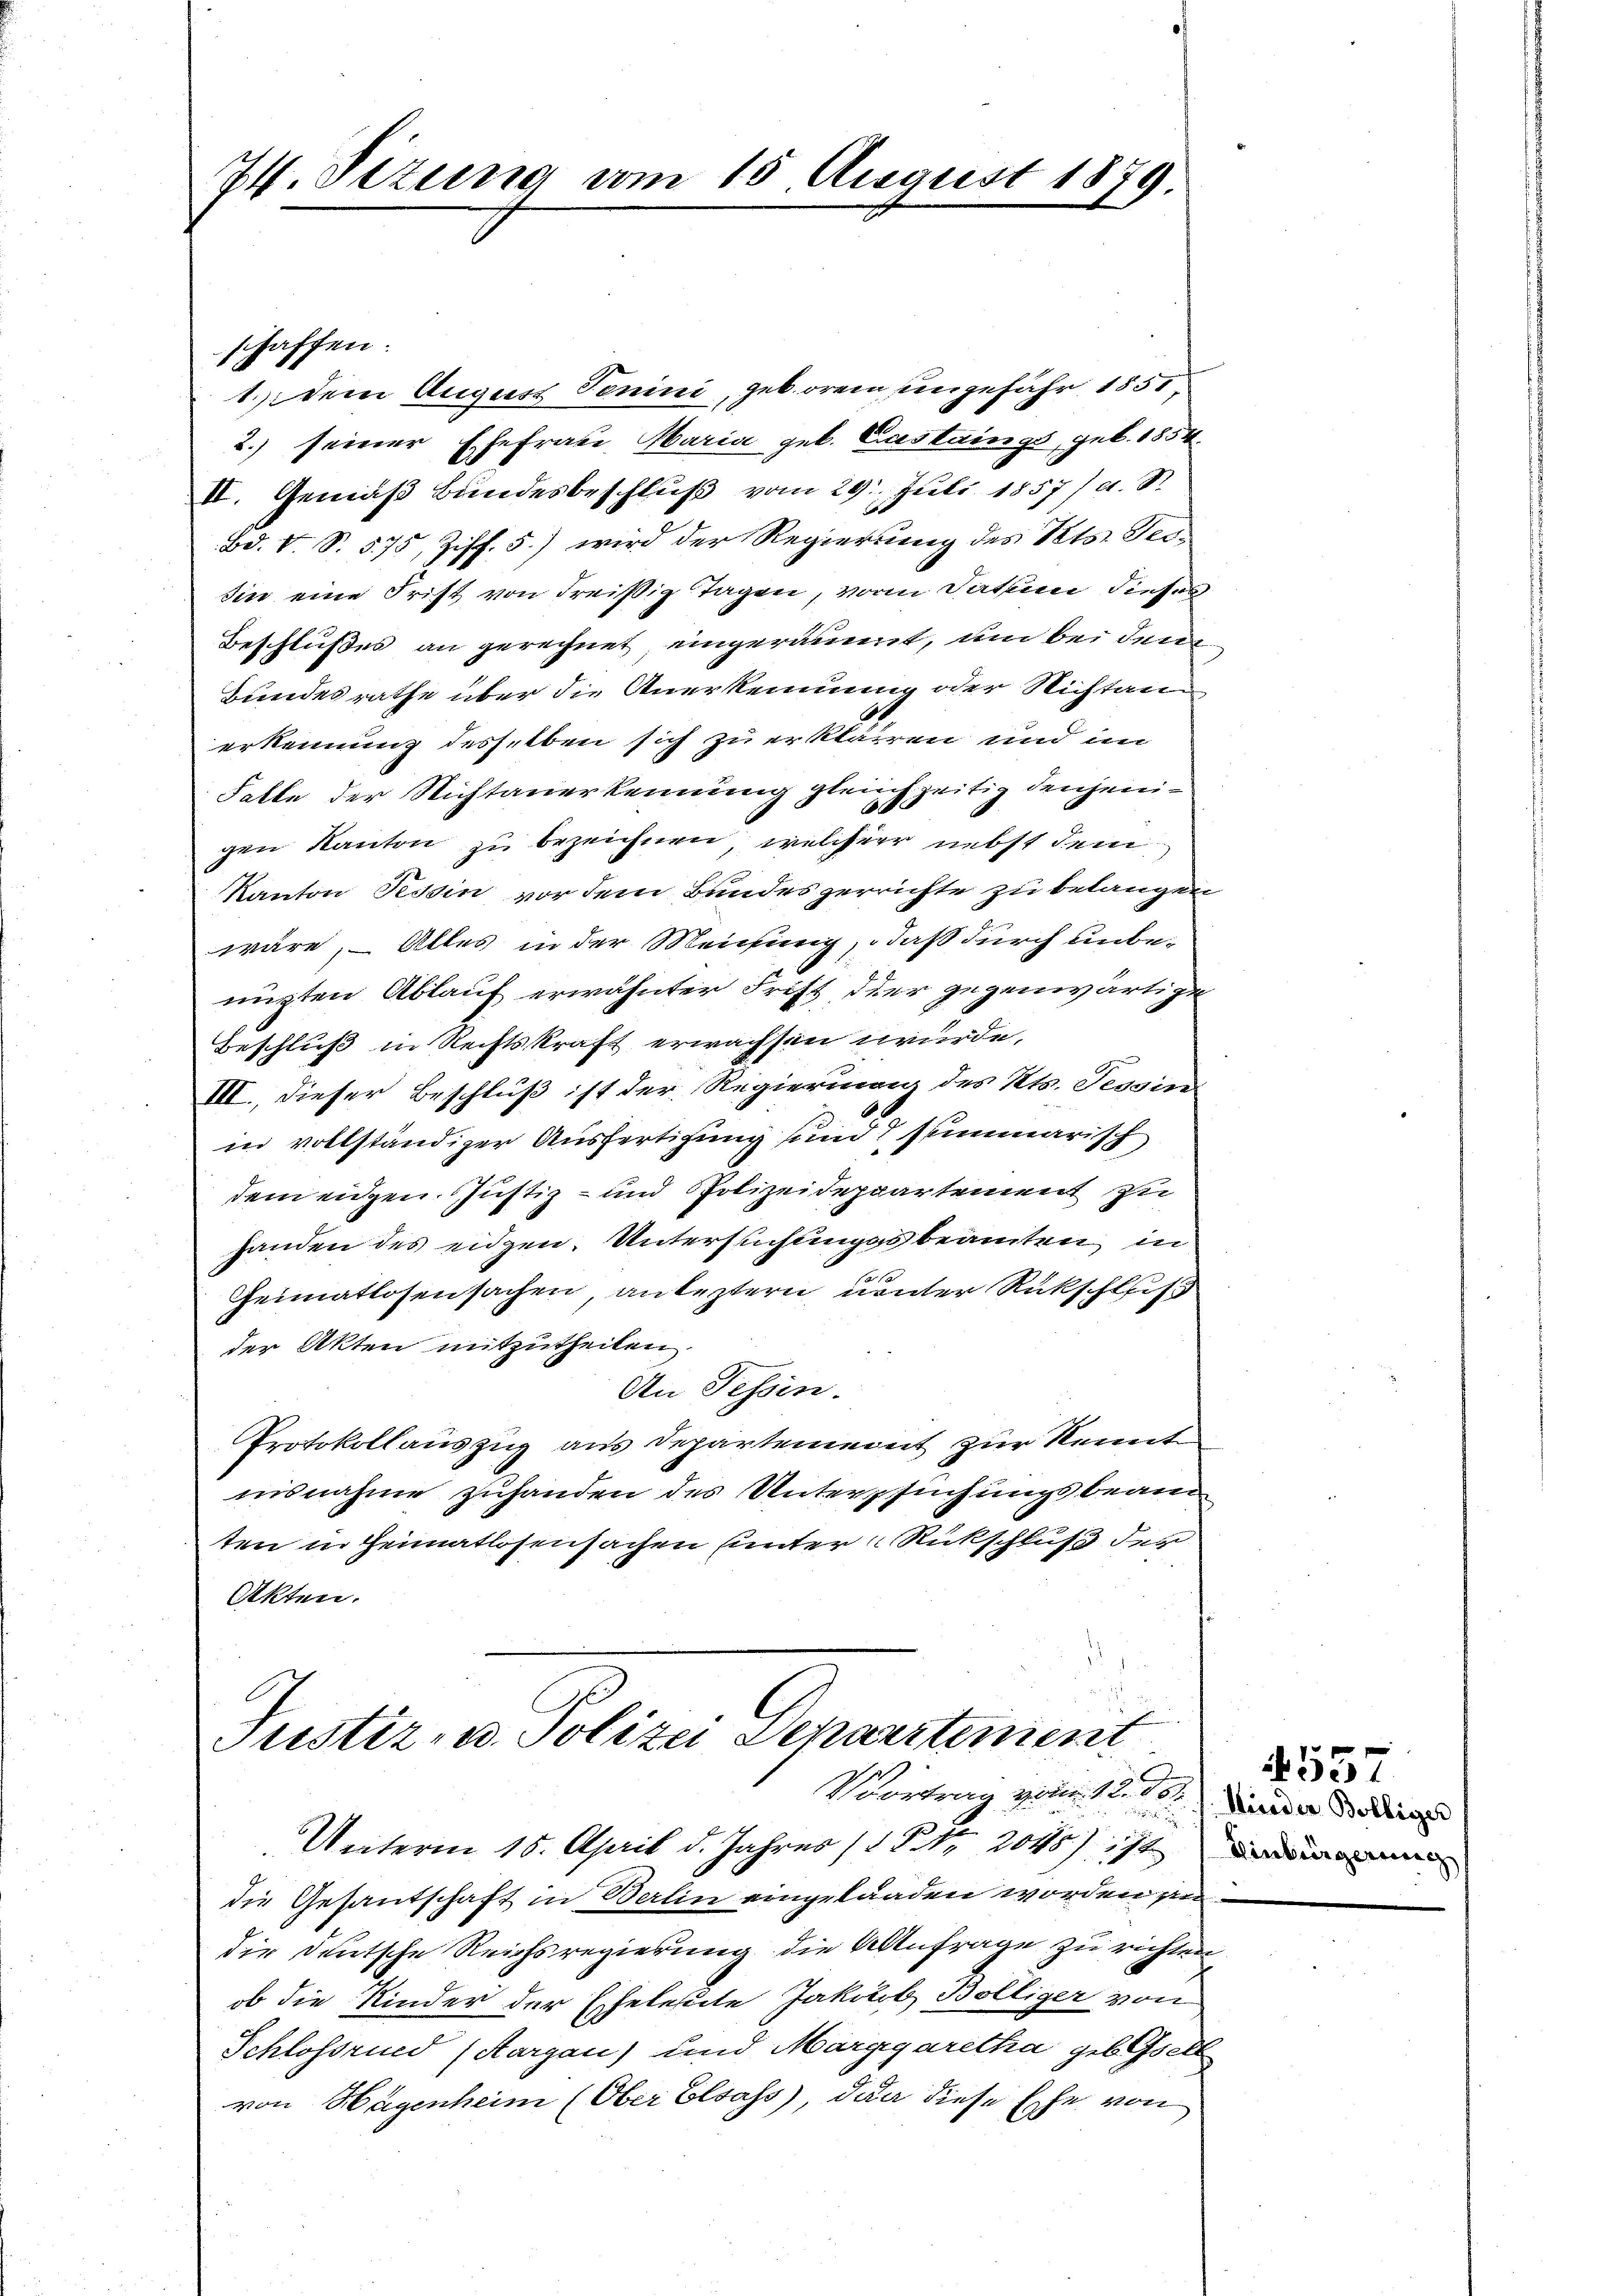
74. Sizung vom 15. August 1879.

1. Dem August Tenini, geboren ungefähr 1851,
2.) seiner Ehefrage Maria geb. Castaings, geb. 1854
II. Gemäß Bundesbeschluß vom 29. Juli 1857/A. S.
Bd. V. S. 575, Ziff. 5) wird der Regierung des Kts. Ter¬
Sine eine Frist von dreißig Tagen, vom Datum dieses
Beschlußes an gerechnet eingeräumt, um bei den
Bundesrathe über die Anerkennung oder Nichtanerkennung desselben sich zu erklärren und im
Falle der Nichtanerkennung gleichzeitig denjenigen Kanton zu bezeichnen, welcher nebst dem
Kanton Tessin vor dem Bundeszerrichte zu belangen
wäre, – Alles in der Meichung, daß durch unbe-
nügten Ablauf erwähnter Frist, der gegenwärtige
Beschluß in Rechtskraft erwachsen wurde.
III., dieser Beschluß ist der Regierung des Kts. Tessin
in vollständiger Ausfertigung und summarisch
dem eidgen. Justiz- und Polizeideppartement zu
handen des eidgen. Untersuchungsbeamten in
Heimatlosensachen, antestern unter Rückschliß
der Akten mitzutheilen.
An Tessin.
Protokollauszug aus Departement zur Kennt
nisnahme zuhanden des Untersuchungsbeam
ten in Heimatlosensachen unter Rückschluß der
Akten.

schaffen.

Justiz- u. Polizei Departement
Vertrag vom 1. d. J. Wieder Bolliger

i
Unterm 18. April d. Jahres (Str. 2048) ist in
die Gesantschaft in Berlin eingelaaden worden eidie deutsche Reichsregierung die Anfrage zu richten
ob die Kinder der Eheleute Jakob Bölliger von
Schlossried (Aargau) und Marggaretha geb. Gsett
von Hagenheim (Ober Elsass, dan diese Ehe von

g

557